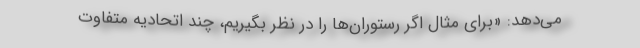
می‌دهد: «برای مثال اگر رستوران‌ها را در نظر بگیریم، چند اتحادیه متفاوت